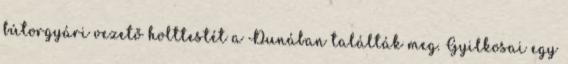
bútorgyári vezető holttestét a Dunában találták meg. Gyilkosai egy